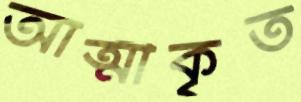
আত্মীকৃত